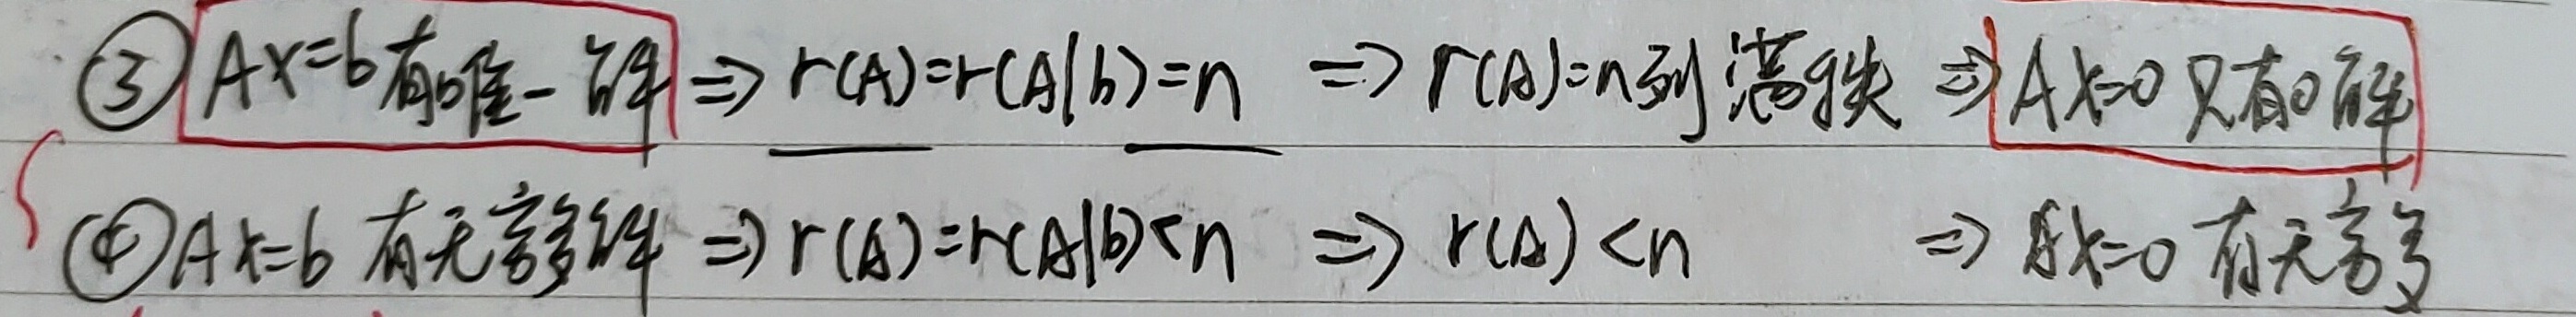
\(\textcircled{3}\) \(Ax = b\)有唯一解\(\Rightarrow r(A)=r(A|b)=n \Rightarrow r(A)=n\)（列满秩）\(\Rightarrow Ax = 0\)只有\(0\)解。
\(\textcircled{4}\) \(Ax = b\)有无穷多解\(\Rightarrow r(A)=r(A|b)<n \Rightarrow r(A)<n \Rightarrow Ax = 0\)有非零解。